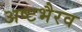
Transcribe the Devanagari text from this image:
अष्टभैरव